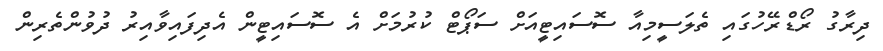
ދިރާގު ރޯޑްރޭހުގައި ތެލަސީމިއާ ސޮސައިޓީއަށް ސަޕޯޓް ކުރުމަށް އެ ސޮސައިޓީން އެދިފައިވާއިރު ދުވުންތެރިން